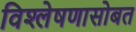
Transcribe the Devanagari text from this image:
विश्लेषणासोबत